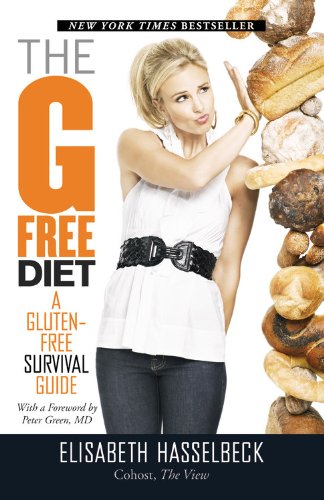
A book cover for The G-Free Diet: A Gluten-Free Survival Guide; Elisabeth Hasselbeck; Cookbooks, Food & Wine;